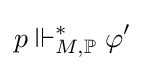
p\Vdash _{M,\mathbb {P} }^{*}\varphi '